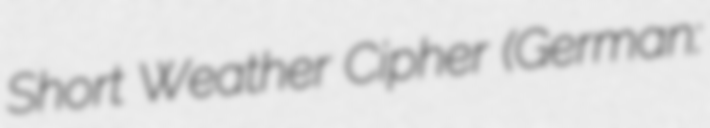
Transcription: Short Weather Cipher (German: